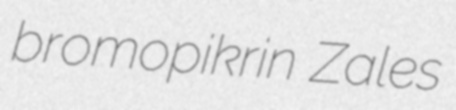
bromopikrin Zales